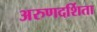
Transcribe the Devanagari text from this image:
अरुणदर्शिता